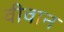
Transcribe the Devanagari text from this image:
वीवान